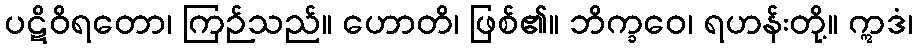
ပဋိဝိရတော၊ ကြဉ်သည်။ ဟောတိ၊ ဖြစ်၏။ ဘိက္ခဝေ၊ ရဟန်းတို့။ ဣဒံ၊